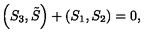
\left( S _ { 3 } , \tilde { S } \right) + \left( S _ { 1 } , S _ { 2 } \right) = 0 ,